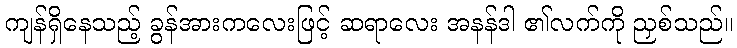
ကျန်ရှိနေသည့် ခွန်အားကလေးဖြင့် ဆရာလေး အနန်ဒါ ၏လက်ကို ညှစ်သည်။